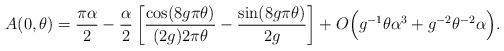
LaTeX: \begin{align*} A(0,\theta) = \frac{\pi \alpha}{2} - \frac{\alpha}{2} \left[ \frac{\cos(8g \pi \theta)}{(2g) 2 \pi \theta} - \frac{\sin(8g \pi \theta)}{2g} \right] + O\Big(g^{-1} \theta \alpha^3 + g^{-2} \theta^{-2} \alpha \Big) . \end{align*}